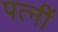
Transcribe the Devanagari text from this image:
पत्नीं